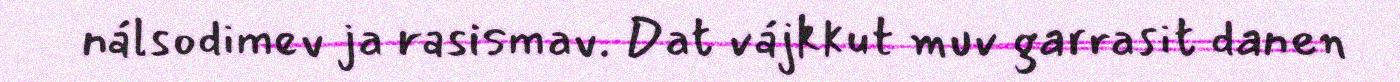
nálsodimev ja rasismav. Dat vájkkut muv garrasit danen